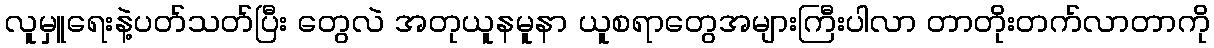
လူမှူရေးနဲ့ပတ်သတ်ပြီး တွေလဲ အတုယူနမူနာ ယူစရာတွေအများကြီးပါလာ တာတိုးတက်လာတာကို